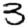
Digit: 3